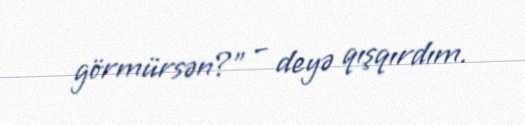
görmürsən?” – deyə qışqırdım.